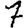
Digit: 7